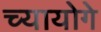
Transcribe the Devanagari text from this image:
च्यायोगे